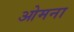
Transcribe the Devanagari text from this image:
ओमना